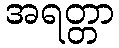
အရတ္တာ